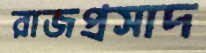
রাজপ্রসাদ